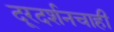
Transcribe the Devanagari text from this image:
दूरदर्शनचाही